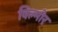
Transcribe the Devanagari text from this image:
विल्मोर